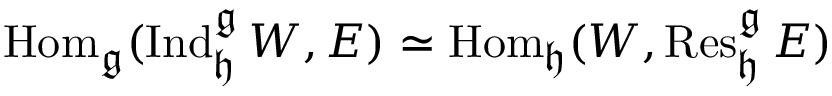
\operatorname { H o m } _ { \mathfrak { g } } ( \operatorname { I n d } _ { \mathfrak { h } } ^ { \mathfrak { g } } W , E ) \simeq \operatorname { H o m } _ { \mathfrak { h } } ( W , \operatorname { R e s } _ { \mathfrak { h } } ^ { \mathfrak { g } } E )